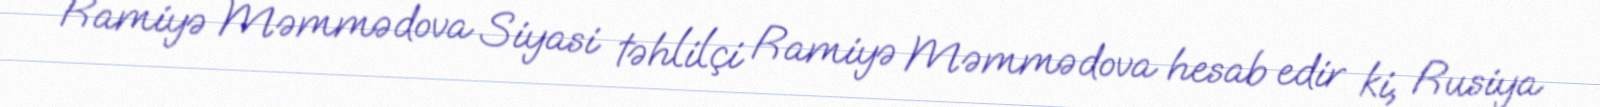
Ramiyə Məmmədova Siyasi təhlilçi Ramiyə Məmmədova hesab edir ki, Rusiya